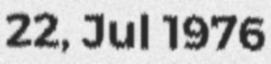
22, Jul 1976